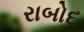
રાબોદ